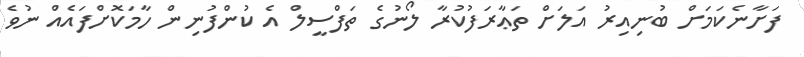
ފަށާނެކަމަށް ބުނިއިރު އަލަށް ތަޢާރަފުކުރާ ލޯނުގެ ތަފްސީލް އެ ކުންފުނިން ހާމަކޮށްފައެއް ނުވެ